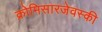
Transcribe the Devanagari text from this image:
क्रोमिसारजेवस्की